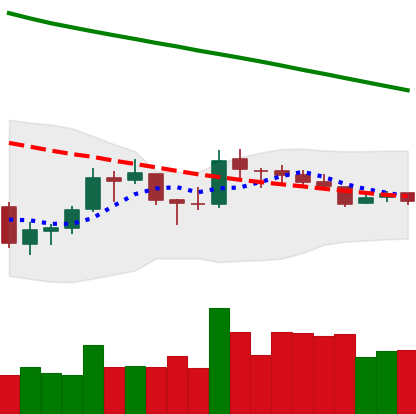
Ticker: LTC-USD
Chart end date: 2018-10-06
Forward return: -11.429%
Label: down_7plus